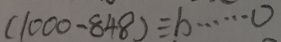
( 1 0 0 0 - 8 4 8 ) \div b \cdots 0